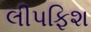
લીપફિશ